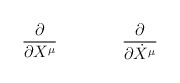
\begin{align*}\frac{\partial}{\partial X^\mu} \qquad \textrm \qquad \frac{\partial}{\partial \dot X^\mu}\end{align*}